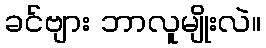
ခင်ဗျား ဘာလူမျိုးလဲ။